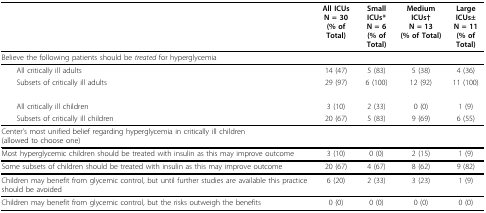
<table><thead><tr><td></td><td><b>All ICUsN = 30(% of Total)</b></td><td><b>Small ICUs*N = 6(% of Total)</b></td><td><b>Medium ICUs†N = 13(% of Total)</b></td><td><b>Large ICUs±N = 11(% of Total)</b></td></tr></thead><tbody><tr><td>Believe the following patients should be <i>treated </i>for hyperglycemia</td><td></td><td></td><td></td><td></td></tr><tr><td> All critically ill adults</td><td>14 (47)</td><td>5 (83)</td><td>5 (38)</td><td>4 (36)</td></tr><tr><td> Subsets of critically ill adults</td><td>29 (97)</td><td>6 (100)</td><td>12 (92)</td><td>11 (100)</td></tr><tr><td> All critically ill children</td><td>3 (10)</td><td>2 (33)</td><td>0 (0)</td><td>1 (9)</td></tr><tr><td> Subsets of critically ill children</td><td>20 (67)</td><td>5 (83)</td><td>9 (69)</td><td>6 (55)</td></tr><tr><td>Center&#x27;s most unified belief regarding hyperglycemia in critically ill children (allowed to choose one)</td><td></td><td></td><td></td><td></td></tr><tr><td>Most hyperglycemic children should be treated with insulin as this may improve outcome</td><td>3 (10)</td><td>0 (0)</td><td>2 (15)</td><td>1 (9)</td></tr><tr><td>Some subsets of children should be treated with insulin as this may improve outcome</td><td>20 (67)</td><td>4 (67)</td><td>8 (62)</td><td>9 (82)</td></tr><tr><td>Children may benefit from glycemic control, but until further studies are available this practice should be avoided</td><td>6 (20)</td><td>2 (33)</td><td>3 (23)</td><td>1 (9)</td></tr><tr><td>Children may benefit from glycemic control, but the risks outweigh the benefits</td><td>0 (0)</td><td>0 (0)</td><td>0 (0)</td><td>0 (0)</td></tr></tbody></table>